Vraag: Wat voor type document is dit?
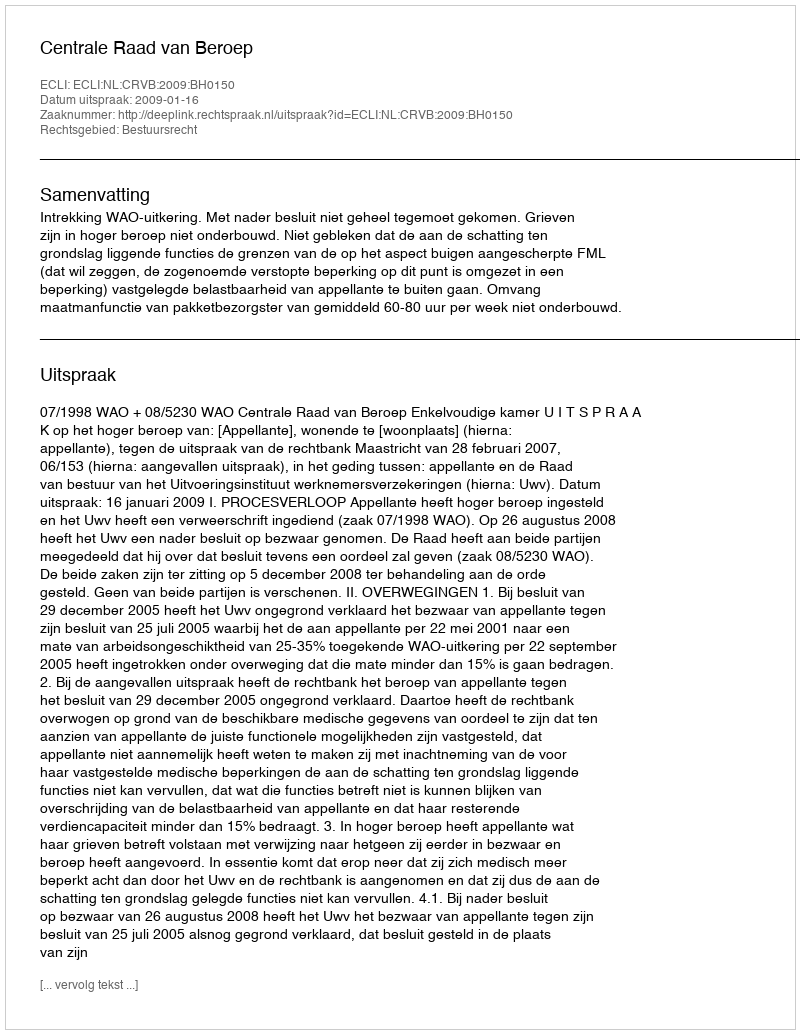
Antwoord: Uitspraak